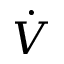
\dot { V }